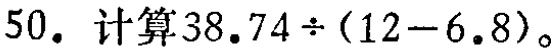
$50.\ 计算38.74\div(12 - 6.8)$